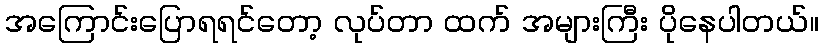
အကြောင်းပြောရရင်တော့ လုပ်တာ ထက် အများကြီး ပိုနေပါတယ်။